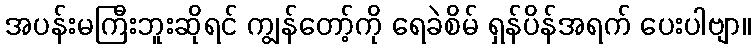
အပန်းမကြီးဘူးဆိုရင် ကျွန်တော့်ကို ရေခဲစိမ် ရှန်ပိန်အရက် ပေးပါဗျာ။